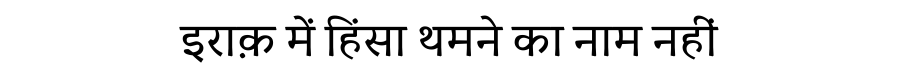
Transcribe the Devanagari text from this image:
इराक़ में हिंसा थमने का नाम नहीं